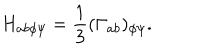
H _ { a b \phi \psi } = \frac { 1 } { 3 } ( \Gamma _ { a b } ) _ { \phi \psi } .